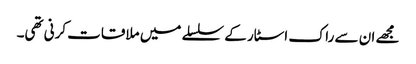
مجھے ان سے راک اسٹار کے سلسلے میں ملاقات کرنی تھی۔